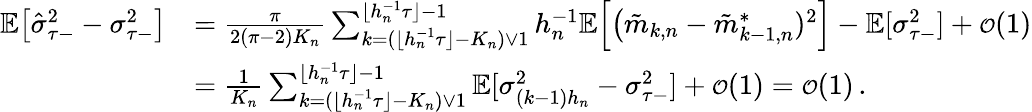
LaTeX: \begin{array}{rl}{\mathbb{E}\big[\hat{\sigma}_{\tau-}^{2}-\sigma_{\tau-}^{2}\big]}&{=\frac{\pi}{2(\pi-2)K_{n}}\sum_{k=(\lfloor h_{n}^{-1}\tau\rfloor-K_{n})\vee 1}^{\lfloor h_{n}^{-1}\tau\rfloor-1}h_{n}^{-1}\mathbb{E}\Big[\big(\tilde{m}_{k,n}-\tilde{m}_{k-1,n}^{*})^{2}\Big]-\mathbb{E}[\sigma_{\tau-}^{2}]+{\scriptstyle{\mathcal{O}}}(1)}\\ &{=\frac{1}{K_{n}}\sum_{k=(\lfloor h_{n}^{-1}\tau\rfloor-K_{n})\vee 1}^{\lfloor h_{n}^{-1}\tau\rfloor-1}\mathbb{E}[\sigma_{(k-1)h_{n}}^{2}-\sigma_{\tau-}^{2}]+{\scriptstyle{\mathcal{O}}}(1)={\scriptstyle{\mathcal{O}}}(1)\, .}\end{array}